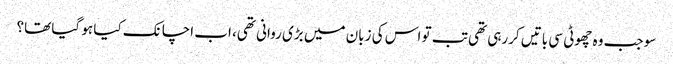
سو جب وہ چھوٹی سی باتیں کررہی تھی تب تو اس کی زبان میں بڑی روانی تھی، اب اچانک کیا ہو گیا تھا؟